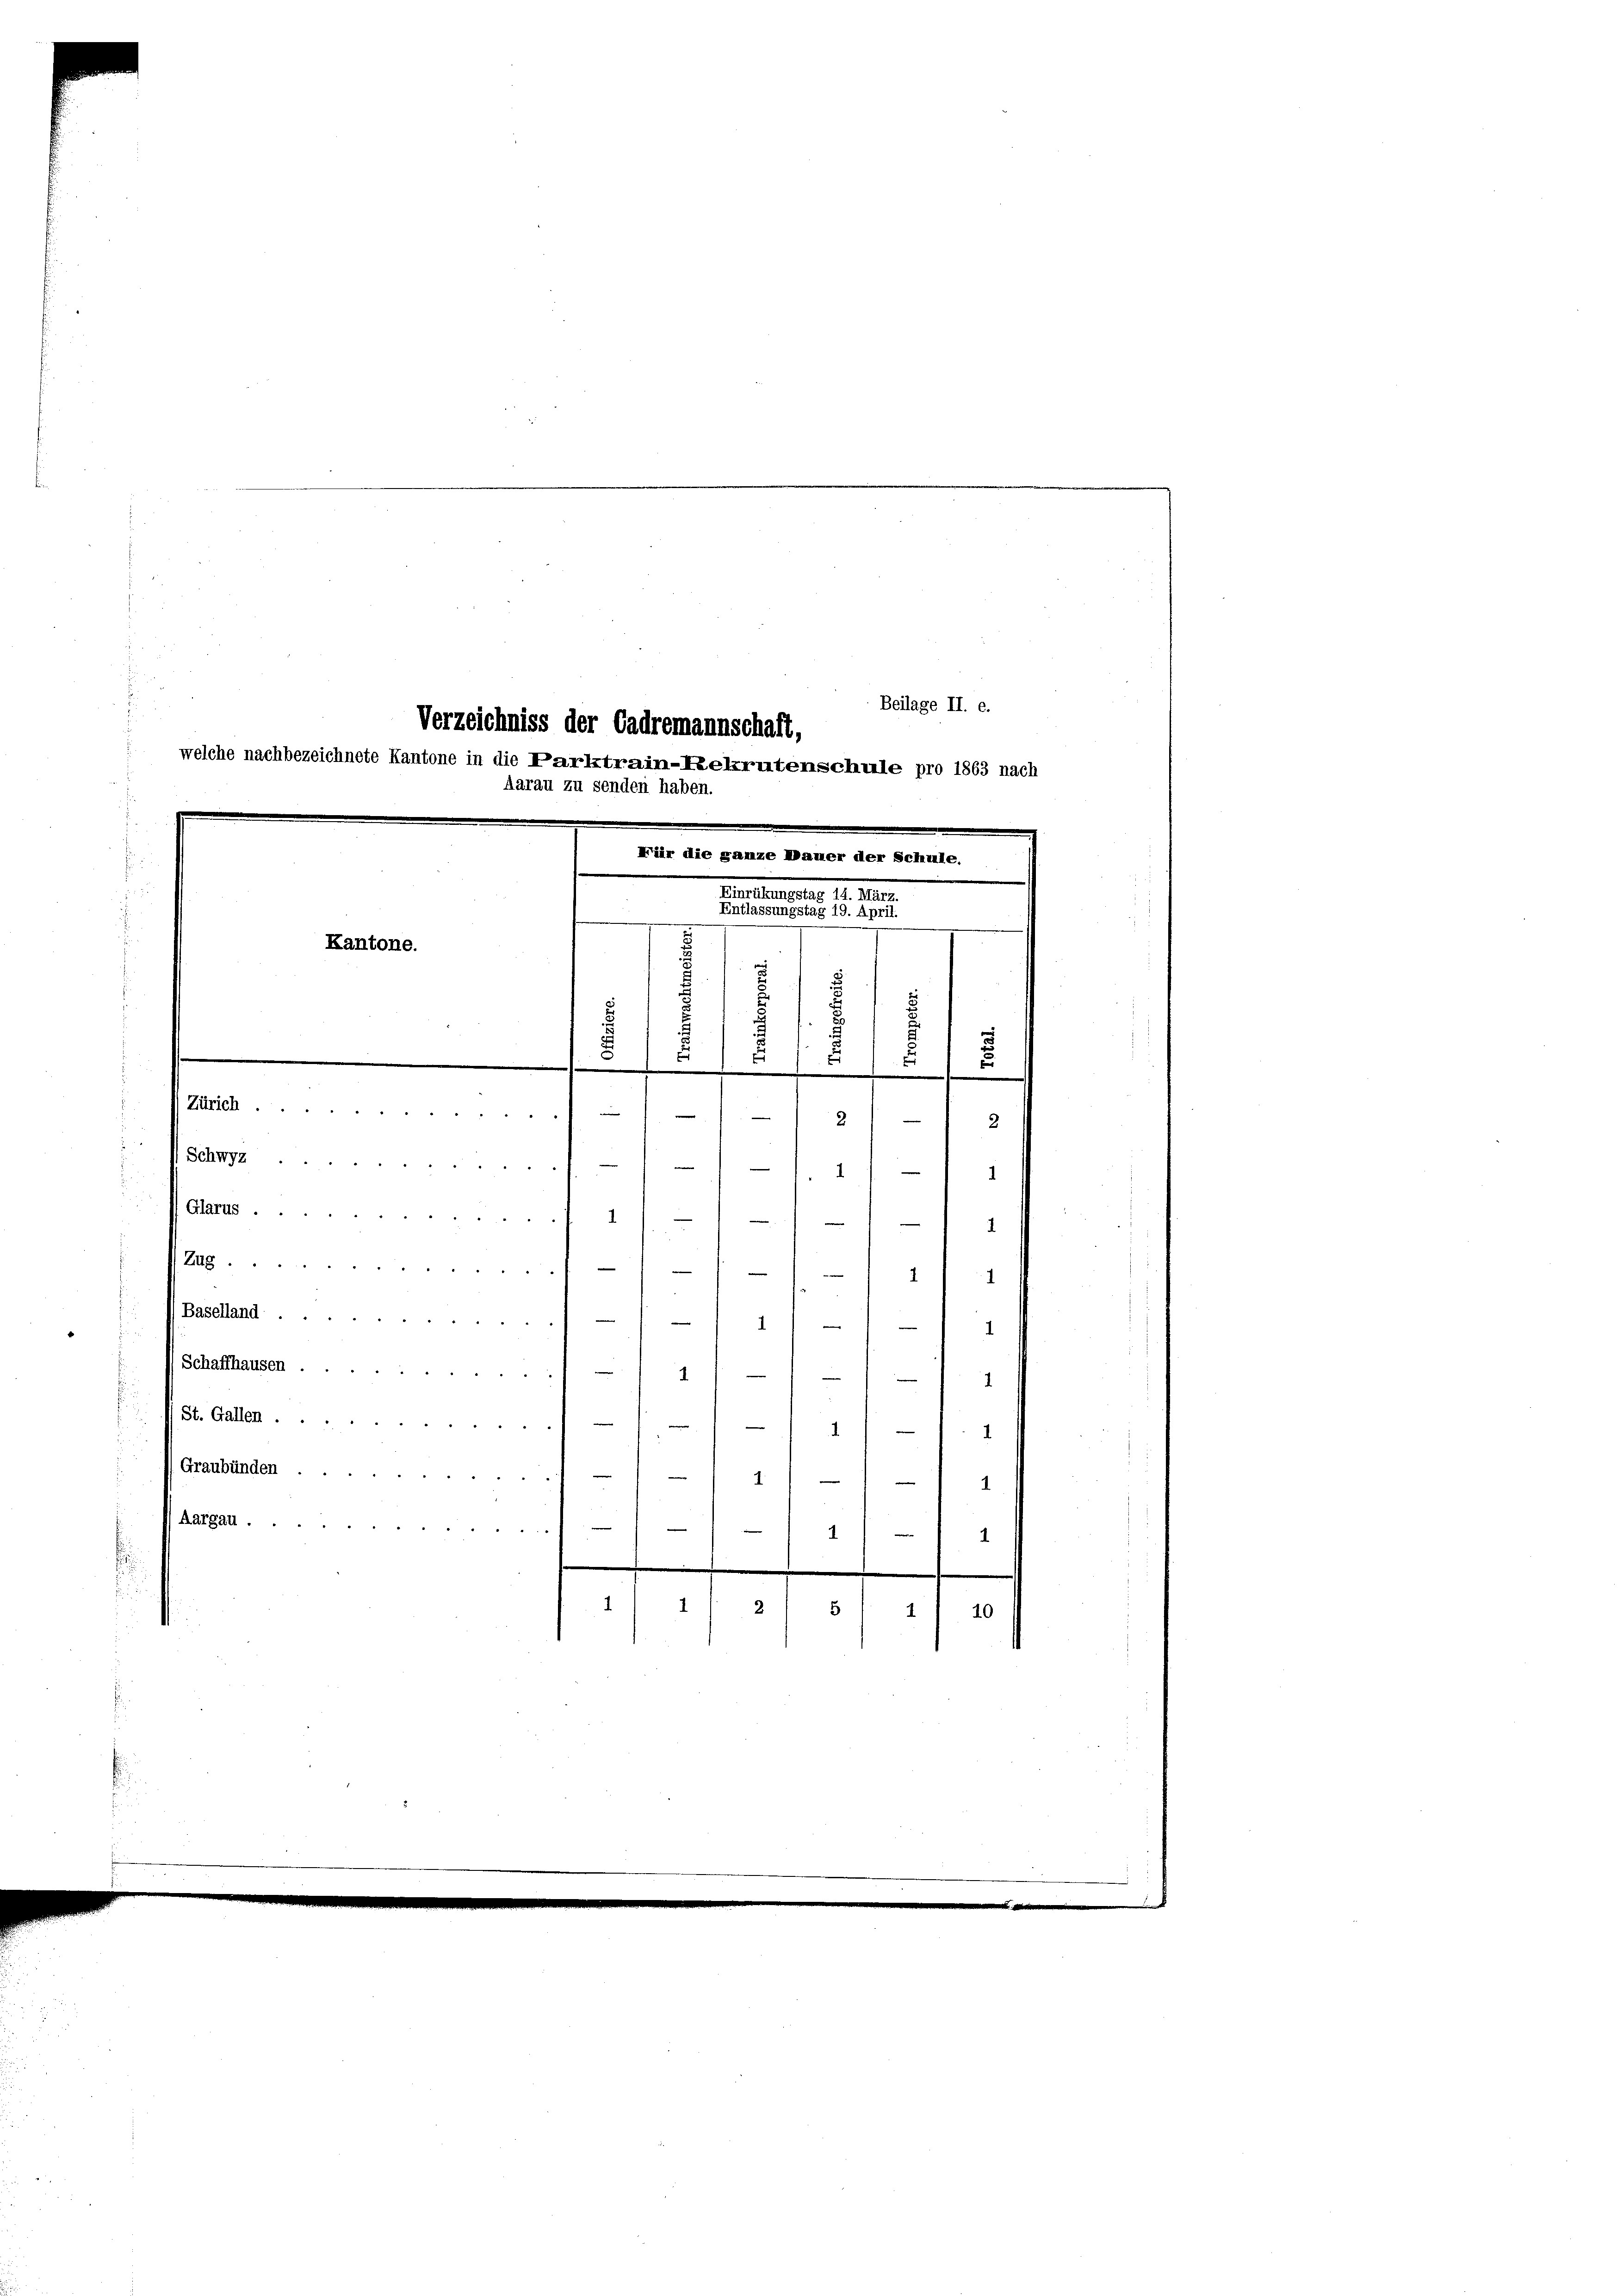
Beilage II. e.
Aarau zu senden haben.
Mür die ganze Mauer der Schule.
Einrükungstag 14. März.
Entlassungstag 19. April.
Kantone.
u

u
2
d
5
.
.
1
Zürich
e
e
—

2
2
 Schwyz ..

e
1
4
(Glarus ..
1
.
1

Verzeichniss der Cadremannschaft,
welche nachbezeichnete Kantone in die Parktrain-Rekrutenschule pro 1863 nach

Zug.
e
—
21
e
Baselland
1

(Schaffhausen
—
1
"
(St. Gallen ...
—

e
e
Graubünden
1
e
Aargau.
—
242
1
1

4
1

e
e

2

1

5
10